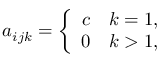
a _ { i j k } = \left\{ \begin{array} { r } { c \quad k = 1 , } \\ { 0 \quad k > 1 , } \end{array} \right.